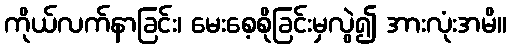
ကိုယ်လက်နာခြင်း၊ မေးစေ့စိုခြင်းမှလွဲ၍ အားလုံးအမိ။